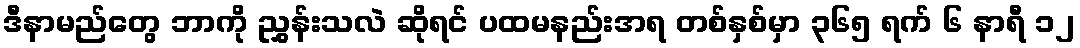
ဒီနာမည်တွေ ဘာကို ညွှန်းသလဲ ဆိုရင် ပထမနည်းအရ တစ်နှစ်မှာ ၃၆၅ ရက် ၆ နာရီ ၁၂